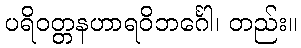
ပရိဝတ္တနဟာရဝိဘင်္ဂေါ၊ တည်း။